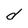
Character: d